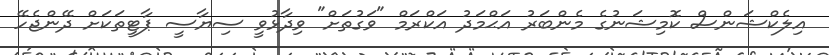
އިލެކްޝަންސް ކޮމިޝަނުގެ މެންބަރު އަޙްމަދު އަކްރަމް "ވަގުތަށް" ވިދާޅުވީ ސިޔާސީ ޕާޓީތަކަށް ދޭންޖެހޭ